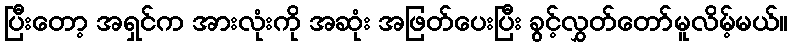
ပြီးတော့ အရှင်က အားလုံးကို အဆုံး အဖြတ်ပေးပြီး ခွင့်လွှတ်တော်မူလိမ့်မယ်။